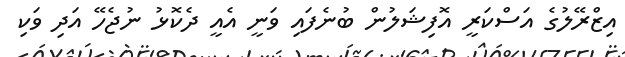
އިޒްރޭލުގެ އަސްކަރީ އޮފިޝަލުން ބުނެފައި ވަނީ އެއީ ދެކޮޅު ނުޖެހޭ އަދި ވަކި